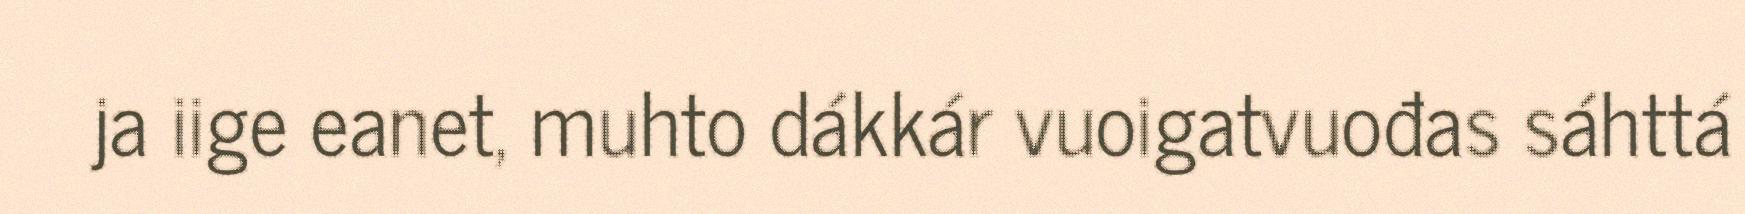
ja iige eanet, muhto dákkár vuoigatvuođas sáhttá